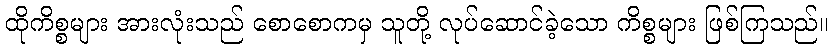
ထိုကိစ္စများ အားလုံးသည် စောစောကမှ သူတို့ လုပ်ဆောင်ခဲ့သော ကိစ္စများ ဖြစ်ကြသည်။